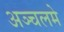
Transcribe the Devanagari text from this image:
अञ्चलमे